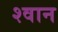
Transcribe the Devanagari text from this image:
श्‍वान